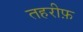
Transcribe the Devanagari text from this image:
तहरीफ़